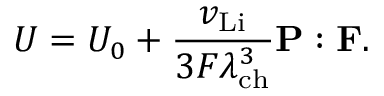
U = U _ { 0 } + \frac { v _ { \mathrm { L i } } } { 3 F \lambda _ { \mathrm { c h } } ^ { 3 } } \mathbf { P } : \mathbf { F } .